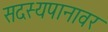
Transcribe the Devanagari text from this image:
सदस्यपानावर